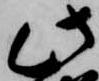
此